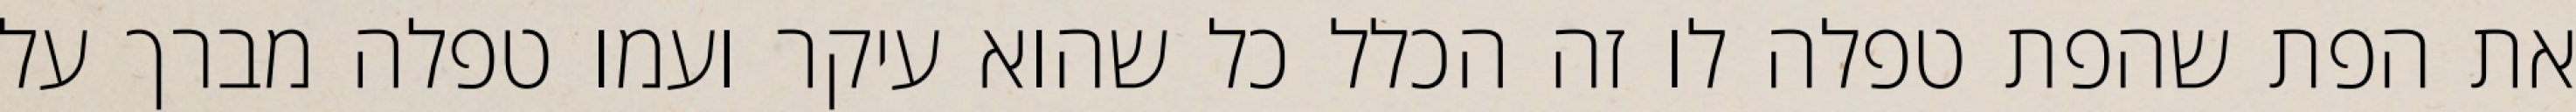
את הפת שהפת טפלה לו זה הכלל כל שהוא עיקר ועמו טפלה מברך על